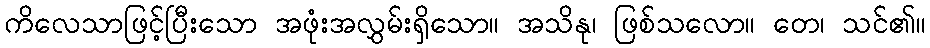
ကိလေသာဖြင့်ပြီးသော အဖုံးအလွှမ်းရှိသော။ အသိနု၊ ဖြစ်သလော။ တေ၊ သင်၏။